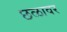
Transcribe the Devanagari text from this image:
छळावर